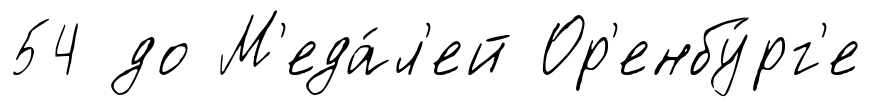
54 до М'еда́л'ей Ор'енбу́рг'е